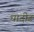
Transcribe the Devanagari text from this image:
धादीङ